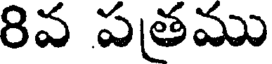
8వ పతము